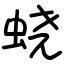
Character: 蛲